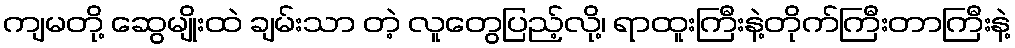
ကျမတို့ ဆွေမျိုးထဲ ချမ်းသာ တဲ့ လူတွေပြည့်လို့၊ ရာထူးကြီးနဲ့တိုက်ကြီးတာကြီးနဲ့